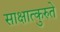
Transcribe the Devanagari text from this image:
साक्षात्कुरुते